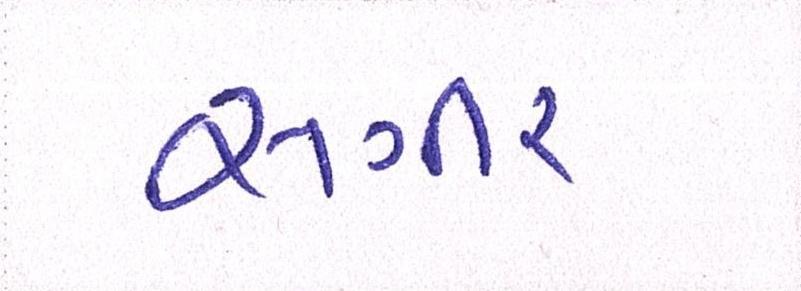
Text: સગીર